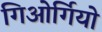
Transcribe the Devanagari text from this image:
गिओर्गियो